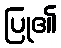
ပြု၏